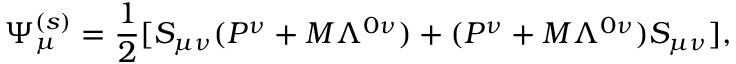
\Psi _ { \mu } ^ { ( s ) } = { \frac { 1 } { 2 } } [ S _ { \mu \nu } ( P ^ { \nu } + M \Lambda ^ { 0 \nu } ) + ( P ^ { \nu } + M \Lambda ^ { 0 \nu } ) S _ { \mu \nu } ] ,